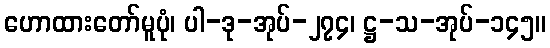
ဟောထားတော်မူပုံ၊ ပါ-ဒု-အုပ်-၂၇၄၊ ဋ္ဌ-သ-အုပ်-၁၄၅။